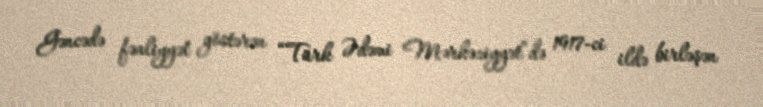
Gəncədə fəaliyyət göstərən “Türk Ədəmi Mərkəziyyət”də 1917-ci ildə birləşən